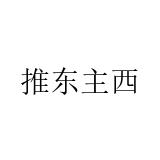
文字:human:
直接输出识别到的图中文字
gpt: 推东主西